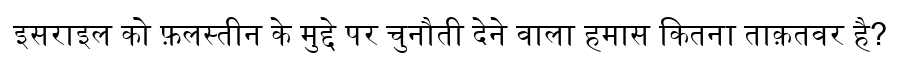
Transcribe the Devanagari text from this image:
इसराइल को फ़लस्तीन के मुद्दे पर चुनौती देने वाला हमास कितना ताक़तवर है?